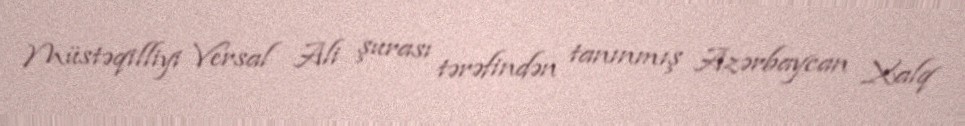
Müstəqilliyi Versal Ali şurası tərəfindən tanınmış Azərbaycan Xalq